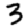
Digit: 3